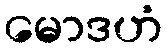
မောဒဟံ